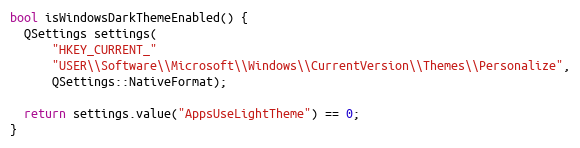
Language: C
bool isWindowsDarkThemeEnabled() {
  QSettings settings(
      "HKEY_CURRENT_"
      "USER\\Software\\Microsoft\\Windows\\CurrentVersion\\Themes\\Personalize",
      QSettings::NativeFormat);

  return settings.value("AppsUseLightTheme") == 0;
}